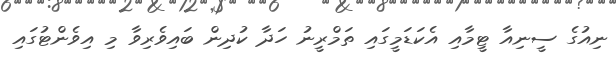
ނިއުގެ ސީނިއާ ޓީމާއި އެކަޑަމީގައި ތަމްރީނު ހަދާ ކުދިން ބައިވެރިވާ މި އިވެންޓުގައި